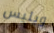
ويليس